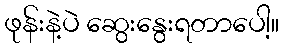
ဖုန်းနဲ့ပဲ ဆွေးနွေးရတာပေါ့။